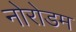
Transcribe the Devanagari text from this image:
नोरोडम